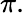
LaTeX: \pi.